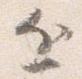
近